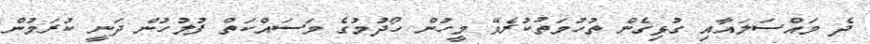
ދެ މައްސަލައާއި ގުޅިގެން ތުހުމަތުކުރެވޭ މީހުން ހޯދުމުގެ މަސައްކަތް ފުލުހުން ދަނީ ކުރަމުން